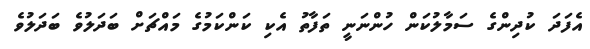
އެފަދަ ކުދިންގެ ސަމާލުކަން ހުންނަނީ ތަފާތު އެކި ކަންކަމުގެ މައްޗަށް ބަދަލުވެ ބަދަލުވެ